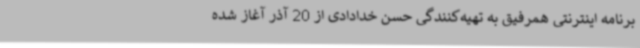
برنامه اینترنتی همرفیق به تهیه‌کنندگی حسن خدادادی از 20 آذر آغاز ‌شده